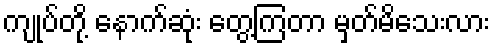
ကျုပ်တို့ နောက်ဆုံး တွေ့ကြတာ မှတ်မိသေးလား